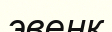
эвенк